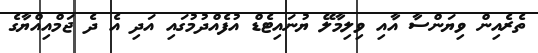
ތެރެއިން ވިޔަންސާ އާއި ވިލިމާލޭ ޔުނައިޓެޑް އުފެއްދުމުގައި އަދި އެ ދެ ޖަމްއިއްޔާގެ